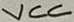
Text: VCC